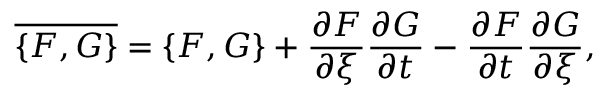
\overline { { \left\{ F , G \right\} } } = \left\{ F , G \right\} + \frac { \partial F } { \partial \xi } \frac { \partial G } { \partial t } - \frac { \partial F } { \partial t } \frac { \partial G } { \partial \xi } ,